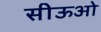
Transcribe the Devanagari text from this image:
सीऊओ